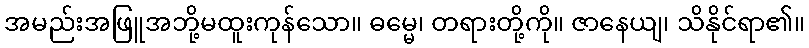
အမည်းအဖြူအဘို့မထူးကုန်သော။ ဓမ္မေ၊ တရားတို့ကို။ ဇာနေယျ၊ သိနိုင်ရာ၏။